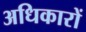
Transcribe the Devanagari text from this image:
अधिकारों